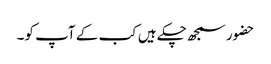
حضور سمجھ چکے ہیں کب کے آپ کو۔